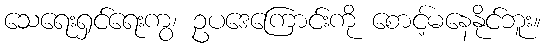
သေရေးရှင်ရေးကွ၊ ဥပဒေကြောင်းကို စောင့်မနေနိုင်ဘူး။